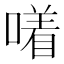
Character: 𪢂